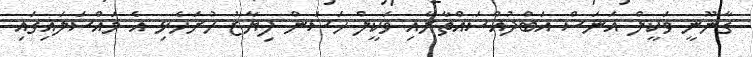
ގާނޫނީ ވަކީލް އަނަސް އަބްދުއްސައްތާރާއި ވަކީލް ހަސަން ފިޔާޒު ހުށަހެޅި އެ މައްސަލައިގައި